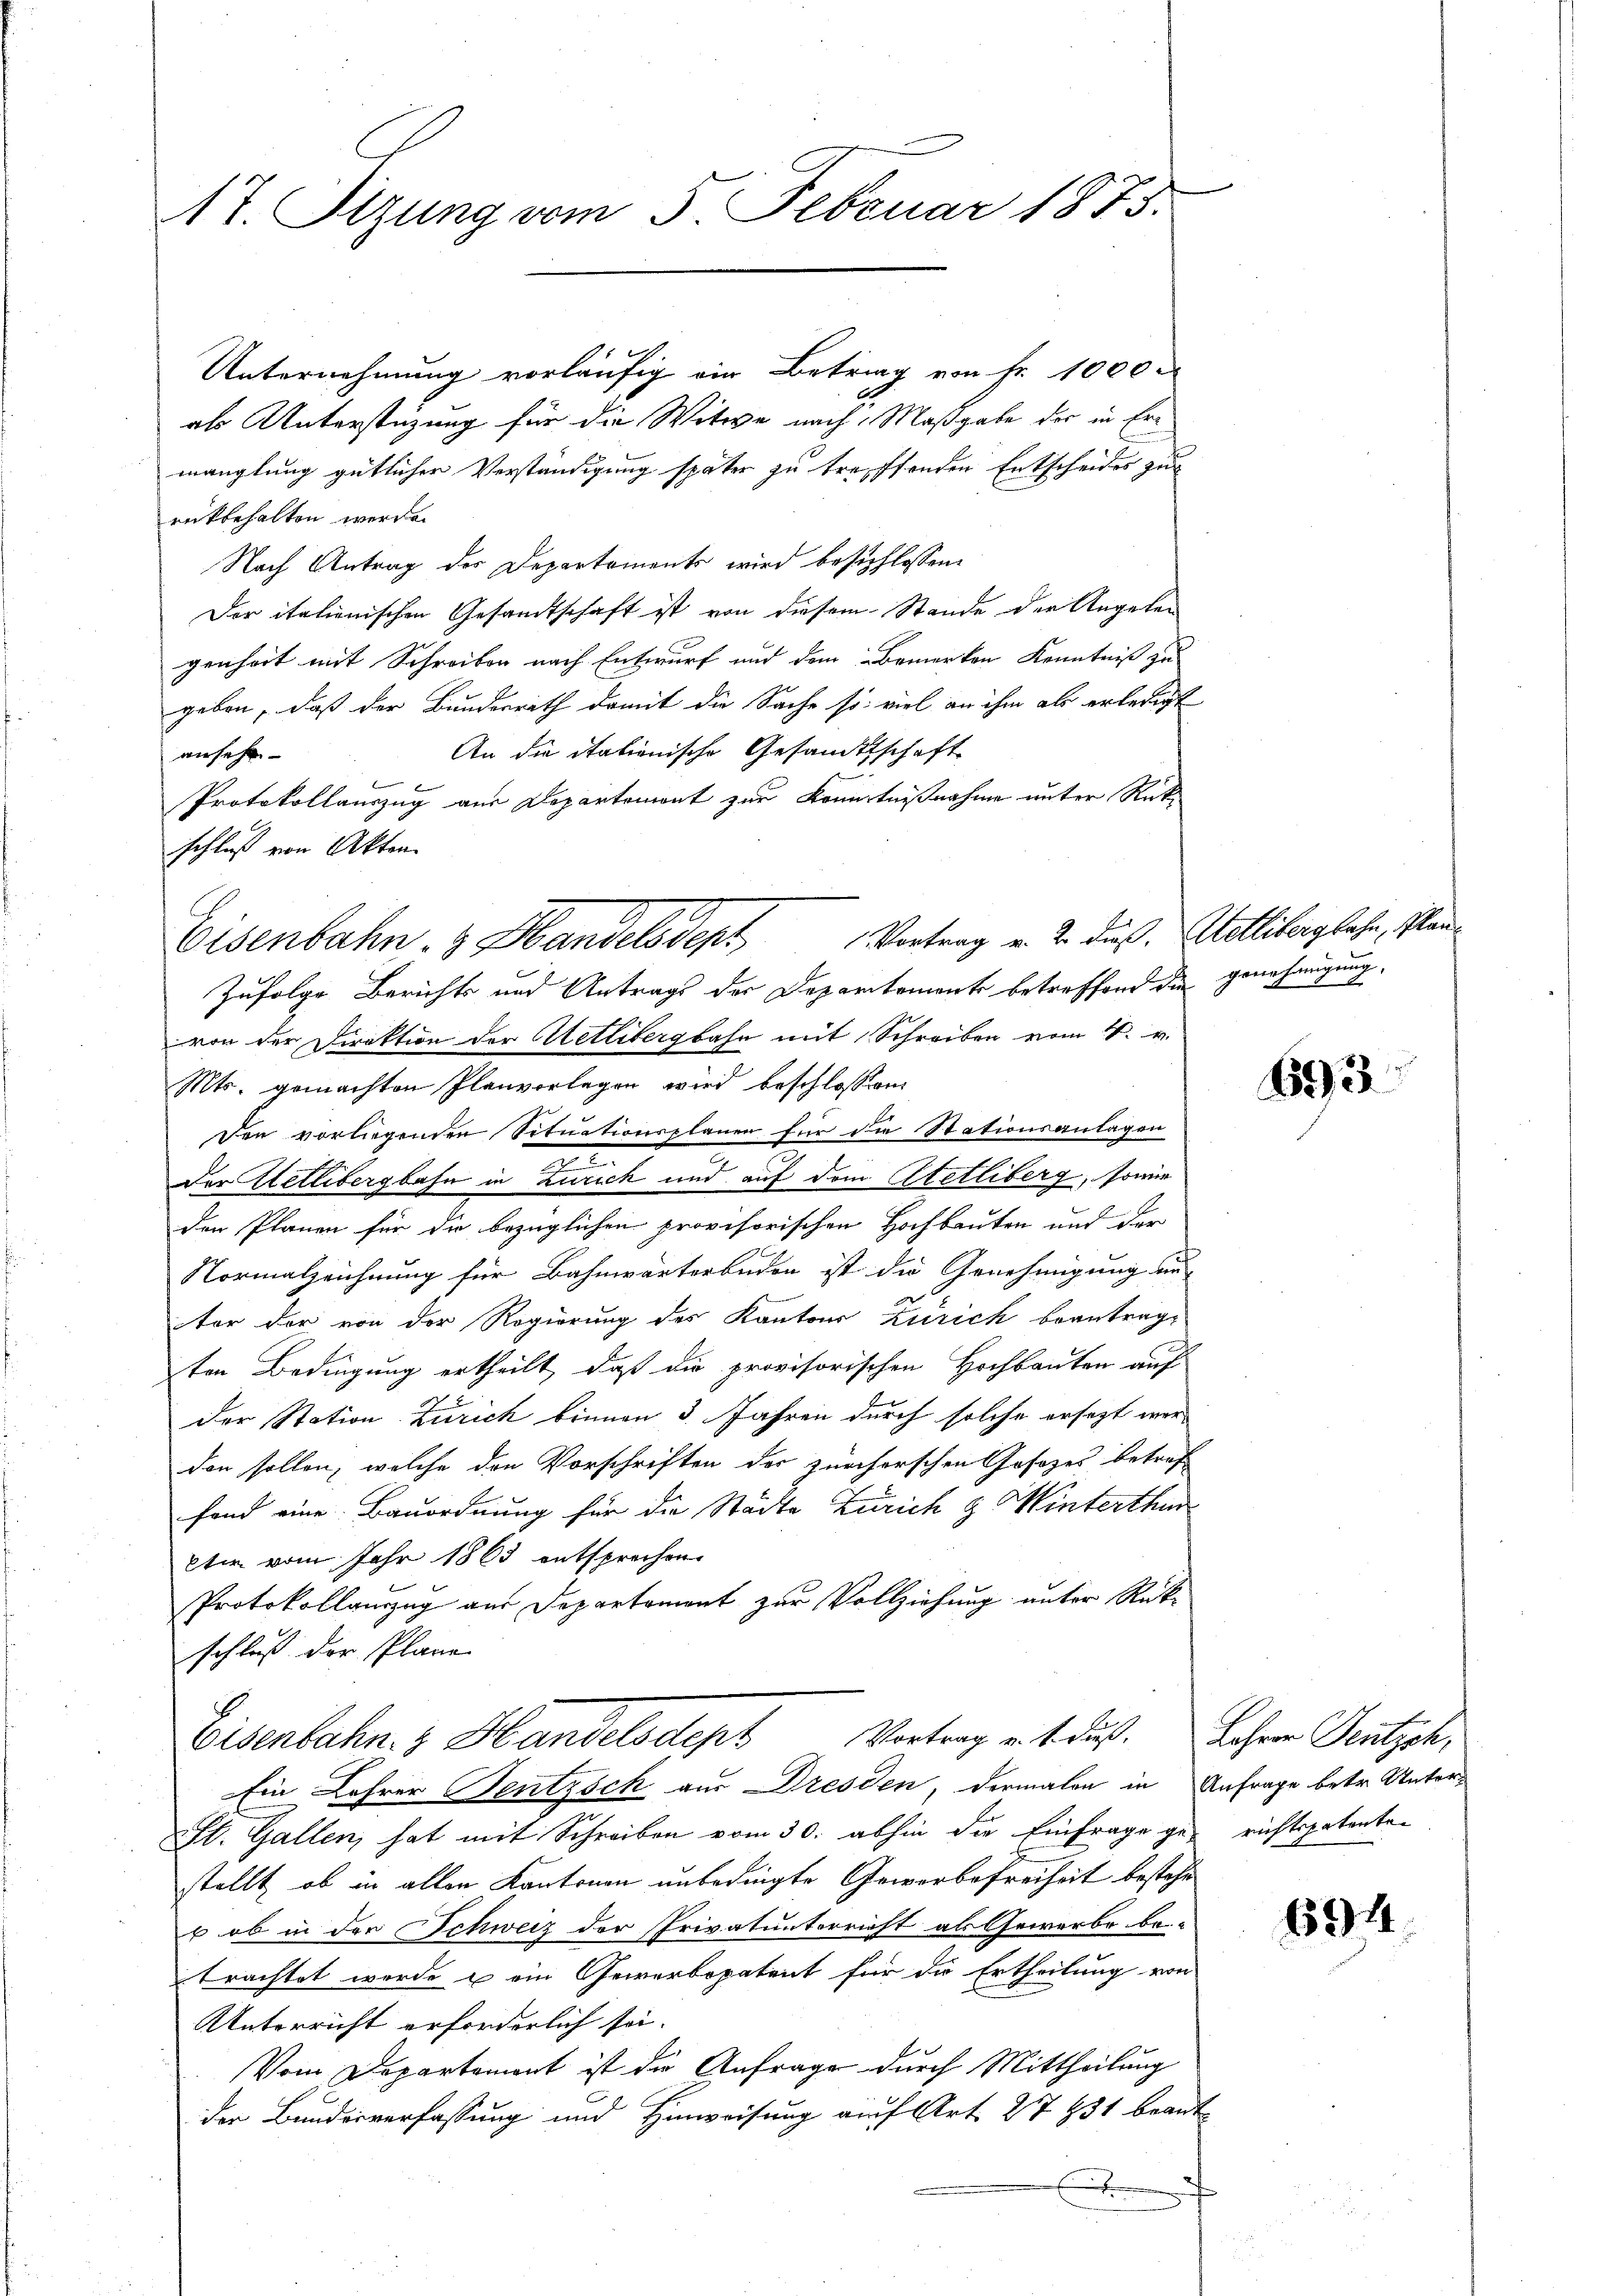
17. Sitzung vom 5. Februar 1873.

Unternehmung vorläufig ein Betrag von Fr. 1000.
als Unterstüzung für die Witwe nach Maßgabe der in Ermanglung gütlicher Verständigung später zu treffenden Entscheides zur
rückbehalten werde.
Nach Antrag des Departements wird beschlossen.
Der italienischen Gesandtschaft ist von diesem Stande der Regelen
genheit mit Schreiben nach Entwurf und dem Bemerken Kenntniß zu
geben, daß der Bundesrath damit die Sache so viel an ihm als erledigt
An die italienische Gesandtschaft
ansehe
Protokollauszug aus Departemont zur Kenntnißnahme unter Rückschluß von Akten.
Vortrag v. 2. dieß. Wetliberglehen, Plan¬
Eisenbahn & Handelsdept
Zufolge Berichts und Antrags der Departements betreffend die genehmigung,
von der Direktion der Uetlibergbahn mit Schreiben vom 1. v.
Mts. gemachten Planvorlegen wird beschlossen:
Den vorliegenden Situationsplanen für die Stationsanlagen
der Wetlibergbahn in Zürich und auf dem Atetliberg, sowie
den Planen für die bezüglichen provisorischen Hochbauten und der
Normalzeichnung für Bahnwärterbuden ist die Genehmigung an
ter der von der Regierung des Kantons Zürich beantragt
ten Bedingung ertheilt, daß die provisorischen Hochbauten auf
der Station Zürich binnen 3. Jahren durch solche ersezt worden sollen, welche den Vorschriften der zürcherschen Gesetzes betref
fond eine Bauordnung für die Städte Zürich & Winterthur
kter vom Jahr 1863 entsprechen.
Protokollanzug aus Departement zur Vollziehung unter Rückschluß der Plane
Vortrag u. 4 Fuß. Lehrer Deutsch,
Eisenbahn & Handelsteht
Ein Lehrer Sentisch aus Dresden, dermalen in Anfrage betr. Unter¬
St. Gallen, hat mit Schreiben vom 30. abhin die Einfrage ge- richtspatenten
stellt, ob in allen Kantonen unbedingte Geworbefreiheit bestehe
 ob in der Schweiz der Privatunterricht als Gewerbe be-
trachtet werde u ein Gewerbopatent für die Ertheilung von
Unterricht erforderlich sei.
Vom Departemont ist die Anfrage durch Mittheilung
der Bundesverfassung und Hinweisung auf Art. 27 831 brant
x

693

694.